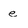
Character: e